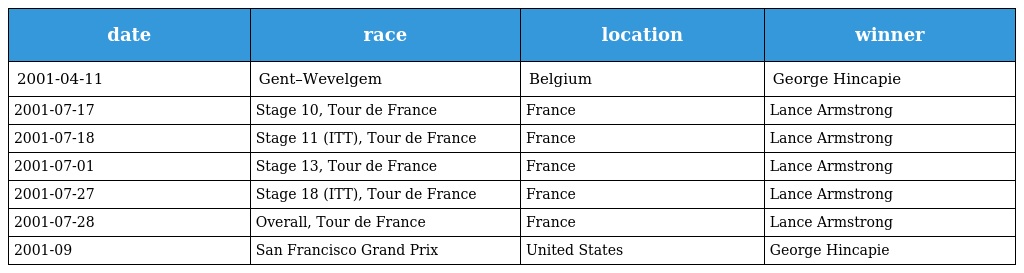
| date | race | location | winner |
 | --- | --- | --- | --- |
 | 2001-04-11 | Gent–Wevelgem | Belgium | George Hincapie |
 | 2001-07-17 | Stage 10, Tour de France | France | Lance Armstrong |
 | 2001-07-18 | Stage 11 (ITT), Tour de France | France | Lance Armstrong |
 | 2001-07-01 | Stage 13, Tour de France | France | Lance Armstrong |
 | 2001-07-27 | Stage 18 (ITT), Tour de France | France | Lance Armstrong |
 | 2001-07-28 | Overall, Tour de France | France | Lance Armstrong |
 | 2001-09 | San Francisco Grand Prix | United States | George Hincapie |